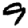
Digit: 9